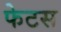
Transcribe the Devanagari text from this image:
फेटस